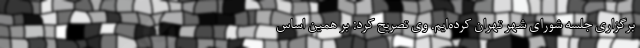
برگزاری جلسه شورای شهر تهران کرده‌ایم. وی تصریح کرد: بر همین اساس